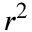
r ^ { 2 }